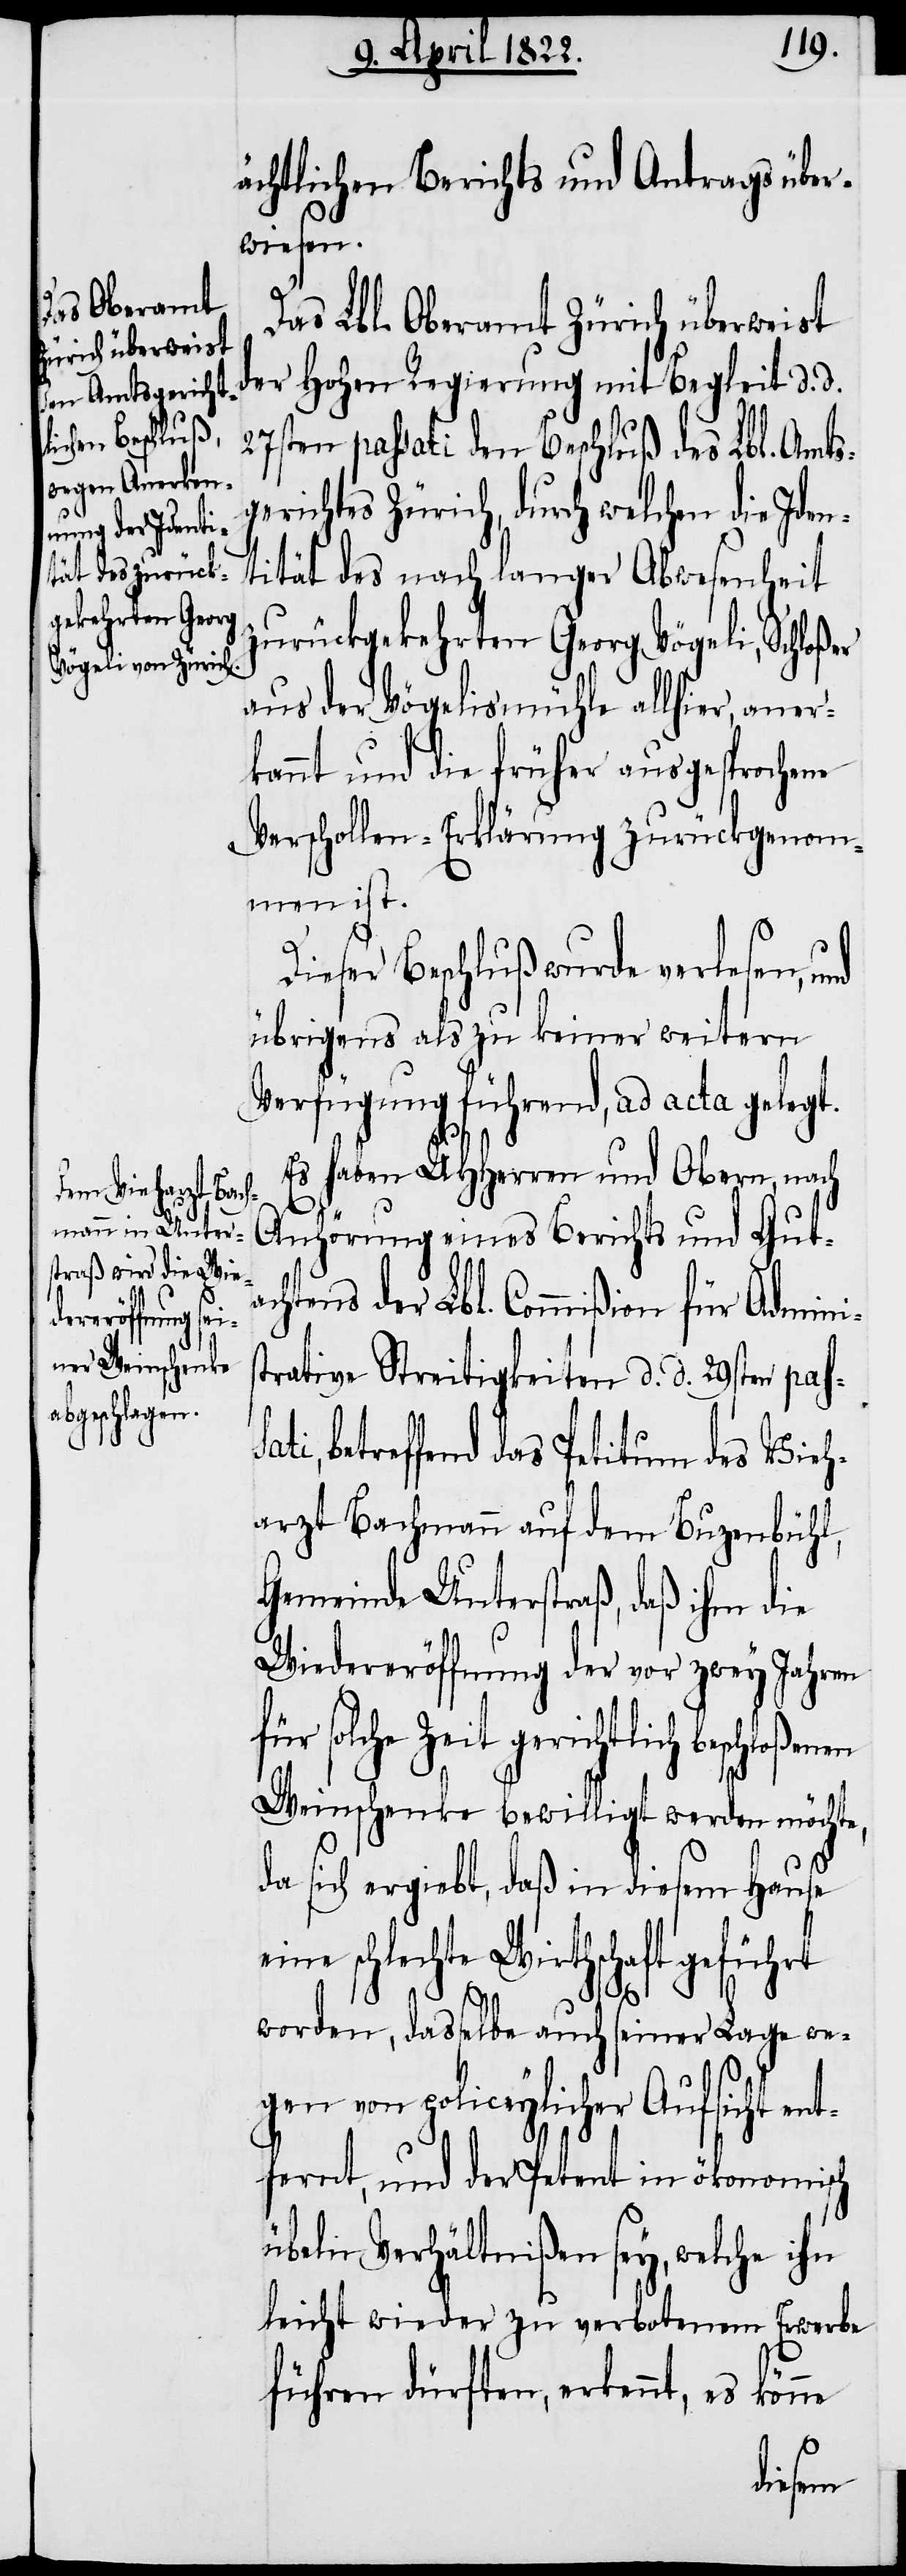
ächtlichen Berichts und Antrags über¬
wiesen.
Das Lbl. Oberamt Zürich überweist
der hohen Regierung mit Begleit d. d.
27sten passati den Beschluß des Lbl. Amts¬
gerichtes Zürich, durch welchen die Iden¬
tität des nach langer Abwesenheit
zurückgekehrten Georg Vögeli, Schloßer
aus der Vögelismühle allhier, aner¬
kannt und die früher ausgesprochene
Verschollen-Erklärung zurückgenom¬
men ist.
Dieser Beschluß wurde verlesen, und
übrigens als zu keiner weitern
Verfügung führend, ad acta gelegt.
Es haben UHHerren und Obern, nach
Anhörung eines Berichts und Guta¬
chtens der Lbl. Commißion für Admini¬
strative Streitigkeiten d. d. 29sten pas¬
betreffend das Petitum des Vieh¬
arzt Bachmann auf dem Buzenbühl,
Gemeinde Unterstraß, daß ihm die
Wiedereröffnung der vor zwey Jahren
für solche Zeit gerichtlich beschloßen¬
Weinschenke bewilligt werden möchte,
da sich ergiebt, daß in diesem Hause
eine schlechte Wirthschaft geführt
worden, dasselbe auch seiner Lage we¬
gen von policeylicher Aufsicht ent¬
fernt, und der Petent in ökonomisch
übeln Verhältnißen sey, welche ihn
leicht wieder zu verbotenem Erwerbe
führen dürften, erkennt, es könne
en